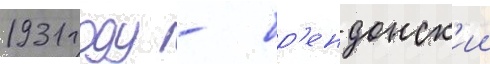
1931 году - бр'ендонск'ии